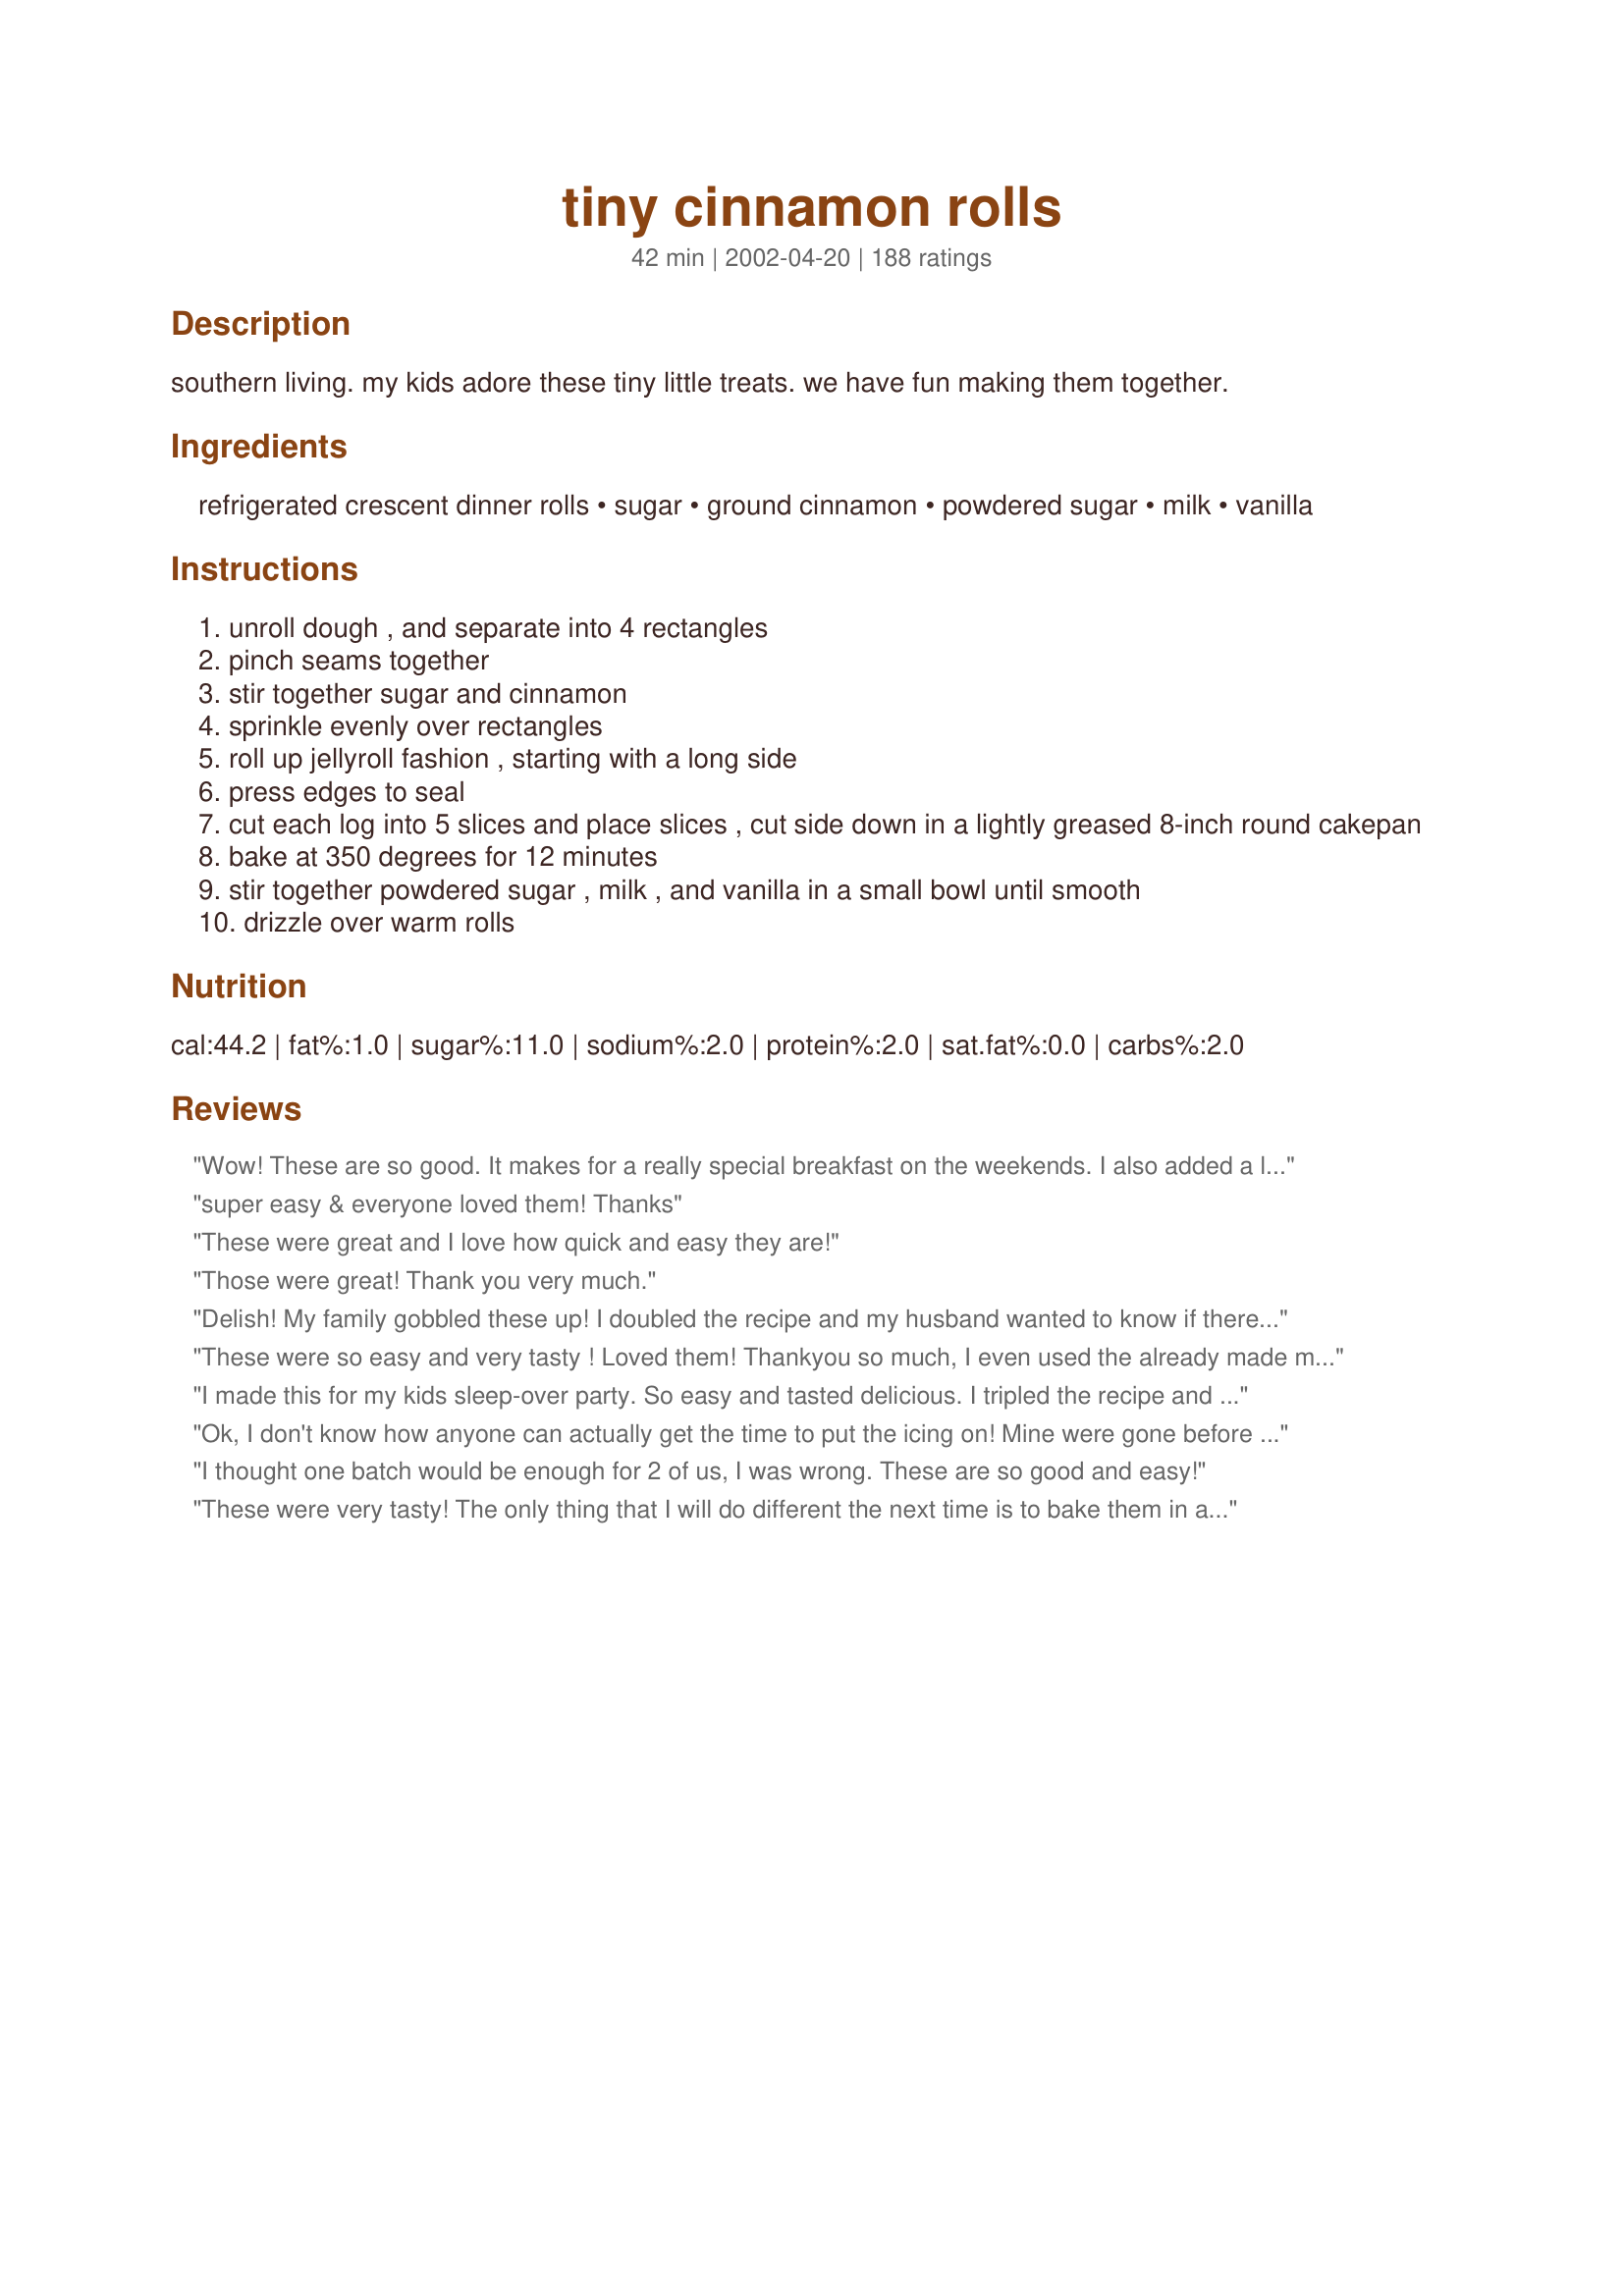
tiny cinnamon rolls
Preparation time: 42 minutes

southern living. my kids adore these tiny little treats. we have fun making them together.

Ingredients:
refrigerated crescent dinner rolls, sugar, ground cinnamon, powdered sugar, milk, vanilla

Steps:
unroll dough , and separate into 4 rectangles
pinch seams together
stir together sugar and cinnamon
sprinkle evenly over rectangles
roll up jellyroll fashion , starting with a long side
press edges to seal
cut each log into 5 slices and place slices , cut side down in a lightly greased 8-inch round cakepan
bake at 350 degrees for 12 minutes
stir together powdered sugar , milk , and vanilla in a small bowl until smooth
drizzle over warm rolls

Reviews:
Wow! These are so good. It makes for a really special breakfast on the weekends. I also added a little butter before the cinnamon/sugar mixture. Bake time was more like 16-18 min. I made more icing & added more than a drop of Mexican vanilla. OUT OF SIGHT!! Thanks NurseDi-I can't wait to try more of your recipes.
super easy & everyone loved them! Thanks
These were great and I love how quick and easy they are!
Those were great! Thank you very much.
Delish! My family gobbled these up! I doubled the recipe and my husband wanted to know if there were more. I did modify just a bit, spread some creamed butter, brown sugar and cinnamon before rolling them up. I like my rolls more caramel like in the center. I will for sure make these again. Thanks Nurse Di!
These were so easy and very tasty ! Loved them! Thankyou so much, I even used the already made mixture of sugar and cinnamon that made it even easier, if that is possible !
I made this for my kids sleep-over party. So easy and tasted delicious. I tripled the recipe and had a few left over. They still tasted great the next day. Kids and adults really got into these. Thanks for sharing this.
Ok, I don't know how anyone can actually get the time to put the icing on! Mine were gone before I was able to do that! Wonderful! THANKS!
I thought one batch would be enough for 2 of us, I was wrong. These are so good and easy!
These were very tasty! The only thing that I will do different the next time is to bake them in a muffin tin instead of a cake pan. I found that they stuck together and it ruined the presentation - so next time I will make them in a muffin tin. Great, easy, tasty recipe!! I may even add some Walnuts nest time!
We LOVED these! I've had them in my "to make" list for awhile and finally made them. I just made one big log, added a bit more cinnamon and sugar, and melted about 2 tbsp of butter and drizzled over them after they were cut and before cooking. Excellent! Reminiscent of Pillsbury cinnamon rolls.
no kidding are these tiny! but really cute and next time i really have to double the recipe because these go too fast and are easy to demolish. very easy and will most definately make again and again.
These were a quick fix, for a treat in the morning. Everyone should try.
YUM! These were soooo good. These little treats were easy to make and delicious. I added a little melted butter to the crescent rolls before adding the cinnamon sugar mix, but other than that I left the recipe as is. Thanks for a wonderful breakfast treat!
These were great! I made them for my son's sleepover. They were gone in no time. I used a little of a tub of cream cheese icing instead of making the icing. Quick & easy. Thanks.
Wow!! Let me say that again. Wow!! These were so easy and fun to make. I made two batches and I don't know where they went, but I only got to eat one. My kids and their friends scarfed these down in record time. This is a great little cinnamon roll without all the fuss. Thanks Nurse Di.
I've being preparing this recipe 3 or 4 times already, but forgot to post the review.All I can say is that my family loved them and I'll be making them again, again and again. Delicious !!!!
Very good! I made a double batch the first time and will have to make even more the next. Again very good!
I was really surprised at how good these tasted. I made them for my kids because I thought they would be small enough for them to handle without getting all messed up. I had no idea they would taste sooo delicious. Soft and tender little rolls with a scrumptious cinnamon flavor. I should have doubled the recipe and will next time.
Very good! I made these last night for dessert and my date and I both really enjoyed them. I think I need some practice rolling up the dough, but that's just a good excuse to make another "practice" batch. Thanks for sharing this super easy and yummy recipe!
These are addicting,very easy and the recipe can be played around with. I like to mix, butter,white and brown sugar in a bowl then spread it on the crescent rolls. I also dont measure the ingredients. For the frosting I make it a little thick also with a small amout of butter and half in half to make it richer in taste and spread it on the hot rolls as soon as they come out the thicker frosting melts perfectly to form a great look I also use clear vanilla to keep the frosting looking white.
These were sooooo good. My daughter helped me make them and loved them also. I added butter first and didn't measure any of my ingrediants. They came out so soft and yummy. They were great!! She asked for them for breakfast the next day and of course we made them.
Oh boy, what a blast we had making these. My nieces spent the weekend with us and they helped me make these for breakfast. Very easy and I sprinkled a few raisin on the dough. Awesome cinnamon sugar flavor. Just the right size for two very prissy girls. None left-over either. Thanks Nurse Di.
I made these a few times several years ago and forgot about them until I saw this recipe. I made them for Christmas breakfast and they were as wonderful as I remembered them. They are very easy to make especially on a busy morning. I made as posted except I got about 6-7 rolls out of each "tube" and I baked them in a 9x9 square pan. Thanks for posting a keeper!
I am so glad I found this recipe. Its great! So easy and so delicious. Great little sweet snack to have on a spur of the moment. Thanks for sharing your recipe. I will be making these alot!! :)
Fantastic and soooo simple! My kids love these rolls. Thanks for postin ghere.
these are so easy to make, and everyone liked them, thank for recipe.
Very easy and a great snack! I'm diabetic so I used Splenda to mix with the cinnamon but still used the powdered sugar for the frosting.
Well add me to the list of people who love these Tiny Cinnamon Rolls!! I used 2 tubes of crescent roll dough and doubled the remaining ingredients. It just doesn't get much easier than this, but the best thing is they taste like you worked all morning in the kitchen. :)
Adorable and very tasty. My daughter was thrilled.
Made two cans which was enough for three people! Will make again.
I just love this recipe! I have made it so often since it first appeared on this site. My United Methodist Women request it everytime I have them for a meeting, which is once a year. These are great with spiced tea or coffee. I really enjoy using recipes that use crescent rolls. There is just no end to what you can do with them. Thanks for this one.
These are the best cinnamon rolls ever. This was my husbands favorite cinnamon roll. Thanks so much for posting. The kids love these and they are soooooooo easy to put together.
I make these with splenda and they turned out wonderful....
These were great! I ended up using 4 tubes in a 9x13 and had to cook it for about 20+ minutes but I think they were a bit too squished together when done. Next time I'll use 3 tubes and give them a little breathing room.
Wonderful cinnamon rolls and super easy to make. I made a double batch and they were gobbled up in minutes. I used brown sugar, cinnamon, and nutmeg for the filling. Tasted superb! We will make these over and over again.
Mmmm! Quick, easy and delicious! Thanks!
I needed an emergency fast dessert for a group and I had a couple of tubes of crescent roll dough - this was too easy! Everybody loved them. Thanks for posting.
They were delicous and easy to make. Thank you some much!!
These were so fun to make and adorable little cinnamon rolls. I made them for my kids but my husband and I had a hard time trying to not eat them all. Based on the other reviews, I made two batches so there was plenty for all of us. The rolls were soft and with the cinnamon and icing, they just melted in our mouths. I agree that these are a must if you have kids. Thanks.
Well....aren't those just the darned cutest things ever??? Before I could barely blink, the plate was empty and DH was fingering up the frosting from the plate. Will definately have to double or triple this easy recipe next time. Thanks for another winner, NurseDi!
There is a serious problem with this recipe. They are tiny and disappear into thin air immediately. I made them tonight and my whole family wants them bigger and lots more of them. Guess I'll be doubling your recipe and not cutting them into so many pieces. They are wonderful, easy and quick to make. Thanks for a great recipe.
I decided to make these for some friends coming over about 10 minutes before they arrived. I had to print out the recipe for everyone! They were so great fresh out of the oven! The recipe is now in my favorites recipe box!
I just loved these little cute cinnamon rolls. I have made them many times now, they are so easy to make, I double the cinnamon & sugar that you sprinkle over the rectangles. When someone stops by I have something quickly to put together to have with a cup of coffee.
What a great recipe! Thanks so much! Cyn.
Thanks for such a quick and inexpensive breakfast treat! My kids loved them. I use a cheaper (in dairy case) buttermilk biscuit and just flatten them out like a rectangle. will be a regular weekend morning treat.
My kids love these cinnamon buns. Very easy to put together. Thanks for a great recipe
These were very quick and simple to prepare. I did think, however, that the cinnamon sugar mixture was skimpy and the glaze too thick. Maybe that is what I was missing - glaze in the nooks and crannies.
The kids really liked these! (DH and I are the kids....) I accidentally bought "Big and Buttery" crescent rolls, and didn't figure it out until I only rolled out three rectangles! But they worked out just fine. I used a little extra cinnamon and sugar, and I cut each roll into six pieces. They had to cook a little longer. And I increased the amount of frosting. Yum! Those darned kids ate nearly the whole batch!! Thanks a bunch, NurseDi!
I made these for a brunch that I catered and everybody really liked them! They were very easy to make, the only thing I did differently was to brush melted butter on the crescents before sprinkling on the cinnamon sugar mixture. I'll definitely be making these again. Thanks!
I had my grandkids overnight and we made these for a mid-morning snack the next day. They were gone fast. Of course, DH assisted in making them disappear. This is a fun recipe. Thanks!
My kids loved these! I made a double batch using two tubes of crescent rolls. I followed the advice of others and cut the rolled up rolls into three pieces each instead of five. I also added raisins. For the icing, I used a couple of drops of vanilla and a couple of drops of almond extract. They were quick, very easy, and everyone enjoyed them. These will become a weekend morning staple in our home. Thanks so much for posting the recipe!
10 stars if possible!!! So easy, so tasty and so quick. Mine took 15 minutes, start to finish and the house smelled wonderful. These are so addicting and you can eat them like popcorn!! TY DI!!!!
Great, these were easy and delicious. I did spread some butter over the crescent rolls and then sprinkled with the cinnamon and sugar and they came out fantastic. My son loved them, I just nuke the leftovers in the micro for about 10 seconds and they taste just like they came out of the oven. Thanks for the great and easy recipe.
Easy and delicious. Thanks for sharing.
These were super easy!! My son helped with these! I did double the frosting -- I also needed to add an addition tsp. of Milk to make it drizzleable . . . . Nice, quick, easy recipe!!
This recipe is definitely a KEEPER! It couldn&#039;t have been simpler to make these. As suggested by other reviewers, I brushed a bit of melted butter on the dough before sprinkling on the sugar mixture (which I doubled). I also baked these in mini muffin tins coated with cooking spray. They are SO CUTE and will be perfect for potlucks because of how quick and easy they are to make. My whole family loved them. They were not overly sweet, which was also great. Next time I think I will drizzle a cream cheese frosting over the top! :) YUM!
I had some crescent rolls, so when I was this I just had to try them. Great rolls for our breakfast snack when company visited us from out of state. We will have these again!
Yum, yum, yum! These are irresistible! Made exactly as written except that one tube of crescents did not fill up my cake pan - darn it! I had to open another tube to fill the pan - doubled the icing and the 40 rolls fed 3 of us! :) Thanks, Di!
So much fun, fun, fun!! They just don't make enough. My husband could eat one batch all by himself. Delicious and they do melt in your mouth. All the cinnamon sweet goodnes you would expect, just not all the work. Cool recipe and glad I discovered this site.
These were yummy. My 11-year-old son and I just ate the whole batch together. I'm going to make more tomorrow. Thanks for sharing!
This is such an easy and great tasting recipe!!! When we are in a hurry and just need to throw something in our tummies, this is our choice!
I was surprised at how good these were-given their simplicity! They sure are small, and mine didn't come out as pretty as some of the photos, but they are yummy! I added a bit more than a tsp of milk for the icing, Also, these took more like 10 minutes prep than 30! Note: at least for me, these were much more puffy than crusty buns
This is a wonderful, quick recipe! The results were great and they DID evaporate! Figure that one tube of crescent rolls will adequately feed a growing 12-year-old! It's going to be my "Oh, Mom there's nothing for breakfast" stand-by now. Thanks!
These are so good and so easy! Both of my kids loved them and I could eat the whole batch by myself! Thanks!
These are really easy to make! Maybe I shouldn't have fed them to adults that would know that I just threw cinnamon and sugar and a crescent roll. ;)
We love cinnamon rolls and these were soooo yummy! I have made them 3 times now and my daughter (14 yrs. old) made them the last time. They are so easy and quick and I may never buy the Pillsbury again. I have to make at least 2 pans though as I have 3 teenagers. Great recipe...Thanks!
I made these for a school party my son went too, he said they were gobbled up immediately. He said he was lucky to get one! Since I didn't get any I am basing my review on what he said, and also how easy they were to put together. I added some sugar and cinnamon on top of them before I baked them, and I also made them a little larger. They smelled so good baking. I can't wait to make some more just for us. Thank you for posting. You made a lot of teenagers happy with this recipe!
I was running late this morning and had these on the table for breakfast in less than 20 minutes! My kids thought they were wonderful. The recipe could easily be doubled and put in a 9-inch cake pan. Thanks for a great quick recipe!
My kids and husband got in on the fun of making these tiny cinnamon rolls. They turned out great and tasted delicious. The crescent roll dough was light and flaky. I would never even attempt to make the real thing so this recipe is a blessing for those of us who are baking "challenged". Thanks Nurse Di.
These were GREAT - the kids and the adults both loved them. Very moist and yummy. I did spread butter before the sugar and cinnamon and added more sugar and cinnamon than the receipe calls for. Thank you for a recipe I will use over and over!
These little things are addictive! I've made them several times now, and found them even better when I spread the rectangles with a light smear of soft butter before adding the sugar and cinnamon. It sort of helped carmelize the sugar. I also doubled the icing because we love loads of it on top and down in the pan. So good!! Thanks for a time-saver in the mornings :)
I made a double batch of these Christmas morning and my family loved them! Quick and easy when you don't have time to make from scratch; this semi-homemade version is definitely better than the canned or frozen variety! This will be our new Christmas morning treat!
Nice and easy recipe! I followed your directions, except that I cut each roll into 6 instead of 5. The family loved them. I will be making these again!
My kids 'love' these. The great part is that they get to help make them. We make these often! Thanx for posting this one!I also listed this recipe on a school newsletter as well as 'zaar site, so the parents could check out other recipes.
These rolls were much more uniformed when placed in small muffin tins. A quick way of preparing cinnamon rolls! In the future, I will add some nuts and raisins.
I made these for my sons cub scout family picnic. This was the first time I made them and tripled the amount I made. Never even got to taste them but they gobbled them up so fast when I got to finally eat ther was nothing left. Love easy recipes especially with a hetic schedule with two kids.
These were so easy and delicious. The kids gobbled them up!
AWESOME!!! My 4-yr. old absolutely loved these. He wants me to make them again and again. Thank you!
These were wonderful. So easy to make. I had them in the oven in no time. I had just finished putting the icing on when my daughter and her friend walked in. They lasted about 5 minutes. Did'nt even get a chance to cool off!! Thanks for a quick and easy recipe, NurseDi (and also a very inexpensive one)
I have to add my praise for this recipe. These are so easy to make and remind me of those little Cinni-Minis from Burger King only they are way better. Soft, tender and flaky dough dripping in that sugary sweet glaze. Total heaven. My family loved them. Thanks Nurse Di.
What a tasty and easy recipe. My DS (5 yrs old) thoroughly enjoyed being able to make dessert for our Sunday dinner. Even with blue icing (DS choice), it was very good.
These were so tasty and easy to make. I made them twice while were vacationing. What wasn't eaten at breakfast was nibbled on throughout the day. MizzNezz is right "These can vanish right before your eyes!".

Thanks!
Worth 1000000000 stars for the ease and YUM factor.. In today's society we demand things fast, but complain when they taste like it.. These are much faster than the traditional cinnamon rolls, but don't taste "fast".. If that makes any sense at all.. lol :)
Wow! These are fabulous! I thought while making them, that there wasn't enough cinnamon sugar or frosting mixtures to go around, but it tasted perfectly sweet and cinnamony the way it is written. So delicious!
Delicious, so yummy! The family and I ate them all up really quickly! So good!
These were super super easy. Last time I made cinnamon rolls, the out come was okay and the dough was a big pain so I thought I'd never make them again, but using premade rolls made it so much easier. I used Pillsburry dinner rolls which are already shaped like cinnamon rolls and used 1 1/2 T of brown sugar (instead of white sugar) and 1/2 T of cinnamon for the filling because I didn't think there would be enough if I just used the tsp amount, and it was just enough. But the icing was perfect mostly because I'm not a huge fan of a lot of icing so it was the perfect amount. And it only took about 20 minutes to make including baking time!
These are so easy and quick to make! My kids ate them right up!!! I have made these twice. Once as posted then the second time, I subbed soy milk for the milk because my DS is milk allergic and he was crazy for these!! Thanks for posting this!
these taste so good and are very easy to make! kids love them!!
So easy and so good!! I used a little bit of orange juice with the powdered sugar instead of milk, to give it a taste of orange cinnamon rolls...Thanks for sharing a great recipe...!!
LOVE THEM!!! This is now one of the most requested recipe in my house. My DH has a huuuge sweet tooth and he loves cinnamon buns. I can't bake, but I can make these tiny rolls. I always make a double batch, because they quickly disappear. FANTASTIC! Thank you!
I made this for my husband's work a long with a lot of other treats and this was the first to go. I even tripled the recipe! Thank you very much.
A new Saturday morning ritual has been aquired. My husband and I have been making these every Sat. morning for weeks now. We are so addicted. Easy to prepare and they taste soooo good. I cut them in a little bit bigger pieces and that works great. A great cinnamon roll for those on the move. Thanks.
I was disappointed in these .......expected them to be much better but if you are used to real homemade cinnamon rolls, they simply are NOT that. I also spread the melted butter on the dough before sprinkling the cinnamon/sugar mix. They were just as easy as everyone says but IMHO lacked in taste. SuZ
Easy and fun to make....even better to eat!!
These are so simple to make yet so delicious. The intial amount of frosting appeared too little, so we added 2 tablespoons powdered sugar, 1 teaspoon milk, and another drop or two of vanilla. Thanks for a great recipe!!
I started with 3 tubes of crescent rolls. Cut each of the rolled up cinnamon rolls in 3 pieces. I then put them in a 13x9 baking pan. They were probably bigger than the original ones. But! That didn't make them last any longer!! These can vanish right before your eyes! They were absolutely yummy!! Such an easy way to get such a great treat! Thanks Nurse Di, these will be a regular here.
So easy, and so tasty. Need I say more? A must try for all moms. Thanks for sharing.
I really can't add anything that hasn't already been said in all of the previous reviews. Thank you for sharing this recipe NurseDi!
How fun easy and cute are these :) My DH, DD and myself loved these. My DH called them M & M's and wanted to know where DD and myself share was (lol). Will be making these often. I did have to use more than 1 teaspoon of milk. The 1 teaspoon just wet the powdered sugar a little.
Loved it! I sprinkled brown sugar instead of white...just because that is how I usually make cinnamon rolls. I baked the rolls in my toaster oven. Worked great, for an after school snack. I will also use this camping in our RV. THANKS! It's a keeper!
SO EASY and SO YUMMY!!! Tiny and perfect little cinnamons rolls! I can't believe I didn't think of these myself! Thanks for a great treat that I'll definitely make over and over again!
This recipe is awesome! Great for a snowy day especially. And they are a huge hit every time we have company for the weekend!
So much fun and easy to make. Didn't have a can of rolls for breakfast, so I decided to look up a recipe using crescent rolls. I took previous advice and used more cinnamon and sugar. Even used the reduced fat rolls- I ALWAYS use those since we can't tell the difference in taste. :)
Made a 1/2 batch of these for breakfast. Made the 4 squares into 2 rectangles and rolled them up. I agree with some of the other posters that they are not quite sweet enough- but perhaps they would have been sweeter if I had used the glaze (I am out of powdered sugar) Next time I may add some brown sugar with the cinnamon sugar mixture as well. Thanks for sharing such a simple recipe!
Excellent little morning treats. I originally prepared them for a morning breakfast party featuring finger foods. They were so quick and easy that I immediately added them to my list of simple, but tasty breakfast treats and prepared them for my visiting nephew. Everyone provides rave reviews. I did have to bake for about 20 minutes instead of 12, but that could be my oven variation.
Made these to go in my Christmas tins this year and ended up eating a lot of them! Very good recipe and just the perfect size for snacking. I used more sugar and cinnamon than called for but besides that, made as directed. Thanks for a neat recipe!
These were DELICIOUS! Yummy bite-size cinnamon rolls. Very easy to make. Kids love them. Thanks for a new family favorite. :)
Easy, quick, and a must for girl sleepover nights!!! Next time I will make them bigger, so it will seem like I've eaten less.
They werequick and easy but not big on flavor.Thanks for the recipe!
For a quick cinnamon roll, these are nice.
Love these--so easy,& delicious-! Can add extras--raisans, nuts, makes a 'nice' snack with coffee---or a cup of 'tea' in the 'evening'! :) a 'nice' quick snack!!
Thanks!!!! :)
Great cinnamon rolls, and so easy! My husband and son want them again tomorrow! Used ready-made cream cheese frosting, so was super easy.
These are so good and easy and cute too! We all loved them, but they're very addictive!! I'm making them again today for an after school snack for my kids. Thanks!
Oh so quick and oh so fabulous! These are so yummy for all their simplicity. I did put a layer of butter on the crescent rolls before the cinnamon/sugar. These were gone before they ever even cooled off!!
Quick and easy to make. Tasted really good.
My kids and 2 nephews helped me make these yummy and delicious cinnamon rolls. Very, very easy to handle the dough. Sugary sweet icing on top. I sprinkled some toasted chopped pecans on top. A must if you have kids. WOW!
These were a wonderful addition to our Christmas breakfast. And they will not be limited to that holiday!!
These were quick, easy and really great!! Just the right size for kids. My kids finished them and left none for their dad. I added a little bit of melted butter to the dough before spreading the sugar mixture on. This recipe is a keeper. Thanks.
I made these while we were on vacation visiting my mom. They were great! The kids loved them and have since requested :0
Thanks for posting!
These are wonderful. My kids helped me make these and we had the best time. They tasted great and were easy to prepare. We will make these again and again. Thanks!!
Great tasting and so very easy to whip up in a flash.The whole family loves em.
it was a good tasty recipe
This is so simple, so quick and so delicious! Who could ask for more! Thanks NurseDi for sharing this recipe!
These are delicious!! I like these better than the other refrigerated cinnamon rolls! My toddler is on his third one already. I think the next time I may use orange juice in the glaze instead of milk. Thanks for this great, quick recipe!
OMG, these are sooo good....I almost ate the whole pan by myself...so quick and easy....Thank you for posting!
This is very easy to make an my whole family just loves them. My kids are constantly asking me to make them for breakfast. Great recipe!!
Quick, easy and tasty tiny cinnamon rolls, I brushed the dough with melted butter,sprinkled a mixture of brown sugar and cinnamon, they were really good!
these were perfect! I followed the recipe as it was posted (except I got a little more than a drop of vanilla in the frosting, but it was fine) and it was amazing! They are definitely bitesize but that's good for us as I have a 1 year old. It was perfect for him. Thank you so much for this recipe!
YOU CAN'T EAT JUST ONE!!! I used 3 pkgs of reduced fat crescent rolls. I also brushed melted butter on the rolls before sprinkling with the cinnamon/sugar mixture. For more cinnamon flavor, I increased the sugar to 4 TBSPS. and the cinnamon to 2 TBSPS. A 9 x 13" pan will accommodate the 36 tiny rolls. Quick and easy, too!!
Very tasty, but I think I must have cut them wrong. The instructions "roll starting with the long side" it left me with five very tall skinny buns that all fell over in the pan.
Next time I'll try rolling the other way so the cut rolls end up short and stout.
these tiny sweets are awesome and super easy and quick to make for snacks. They sure can disappear quickly. Thanks for such a simple yet wonderful tasting snack.
I found this in Southern Living, too. I have been making them as a special breakfast treat for my kids and they get so excited. You can't eat just one. They literally melt in your mouth. Soft and cinna-mini sweet. Glad to see it posted here.
WOW! These were sooooo great! Very easy and tasted terrific! The whole family loved them and they looked and tasted like they were more work than they really were! I was unsure how to space them in the cake pan and at first had them all touching eachother. Then, when they did not fill the pan, I just evenly spaced them...glad I did, because they needed room to "grow". I also spread a bit of melted butter before sprinkling with cinnamon and sugar. Thanks for sharing...this is such a great idea!
A great late night treat for DH and me! They were simple and tasty. I like mine extra sweet so I put a little extra sugar inside and topped with extra glaze. Yum!
Anyone who turns these down is definately a NAZI. I doubled the filling. So good.
I've been making these for years and they are terrific! For Christmas morning I arrange the little rolls in a tree shape (pyramid with a base of 4 rolls and 1 underneath for the trunk). After baking I zig-zag green icing over them, then decorate the tree with m&m's. It's a fun way to start off a fun day!
Kids love these things, but adults do too! There are NEVER any leftovers of these little beauties!
After more than 100 people have ranted about how great these are, I kind of hate to be the first person to really say that they weren't impressed, but I just wasn't. The rolls themselves were easy enough to make and tasted good enough on their own that they'd make a nice quick little snack if you're not expecting anything spectacular. I did like the fact that they weren't as sweet as a lot of cinnamon rolls, maybe with some finely chopped walnuts and/or raisins sprinkled on top of the cinnamon/sugar layer before you roll them up, they could be really good. The frosting on the other hand didn't work very well and was actually (and again sorry) just kind of disgusting. 1 tsp of milk was just enough to make some of the powdered sugar clump together a bit. I had to add about a tablespoon before it turned into anything that vaguely resembled frosting and it was still pretty thick for cinnamon rolls at that. It tasted exactly like barely liquified powdered sugar, so I was glad I tasted it before I actually ruined the rolls by putting it on. The stuff we make for the cinnamon rolls at work is powdered sugar and melted butter (not sure what the proportions would be on a scale this small) with a little bit of vanilla and cinnamon and just enough coffee to make it the right consistency. It's rich and delicious and oozes just perfectly into all the nooks and crannies and I think maybe it just ruined this frosting for me by comparison. All in all this recipe was okay and it has some potential, but I just can't see what everyone's so excited about.
They were delicious! I doubled the recipe and they still came out perfect!
This gets 5 stars just for the simplicity and taste!!! So easy to make, as 15 yo DS just loves cinnamon rolls. I did spread a little of butter on the rolls first, and then I used brown sugar instead of white sugar. I also doubled the amount of sugar and cinnamon. My DS loves the Cinnabon rolls/frosting so I found a copycat for the frosting, but didn't to go through the work of kneading/rising of the dough. He ate almost the full 8 oz. Thanks for posting such a quick and wonderful recipe!!!!
I had a little trouble with the baking, mine flopped all over the place instead of sitting properly on the cut side. Also there was a weird sweet taste (but DD 3yo globbed karo syrup into them just before I rolled them up). I will have to try again! We gobbled them up anyway though!
these were good! I didn't think they were anything special. I ended up baking them longer, 15-20 min. But overall, they were quick and easy and good!
These were delicious and so cute.I spread a thin layer or butter on the dough before sprinkling with cinnamon sugar. Mouthwatering and one hungry adult could eat every last one of them so make lots. My kids loved them and ask me to make them for breakfast almost every morning. Thanks for this recipe.
Wonderful! Thanks for sharing this recipe. Very quick and easy and my kids inhaled these. I put these together while coffee was brewing and baked them off. Delicious!
Well Di I don't think you need my review but I upped it a bit so thought I'd review. Dh wanted them brushed with butter and some raisins sprinkled on so I did that. When I made the icing I used soymilk instead of milk that's all I add. One word..... NUMMY!!!!
These are soooo good and so simple. I did brush melted butter on my dough before I sprinkled it with the cin-sugar combo. I already had the cinnimon-sugar made up in a sprinkler container(holder-over from the days my kids wanted cinnimon toast for breakfast...LOL) Anyways took me a lot less time than I expected. I had these made and out of the oven in 25 minutes. I will be making these again.
I made 7 batches of these and brought them to work as a treat for my birthday this week. Even though I made enough for each person to have more than 5 each, they were gone within 3 hours! I cut each log into 6 rolls instead of 5, put a bit of cream cheese in the icing, and like others I brushed on some melted butter before sprinkling on the cinnamon sugar. I also baked these on a cookie sheet, with each roll in a mini cupcake paper - they fit in them perfectly and were a little cleaner to handle at work. Thanks for such a fun recipe!
YUUUUMMMMYYYY!!!!!!!
Even though I made this a few weeks ago, I can still almost smell these little jewels...mmmmm. They were so simple and quick to put together I will be making them often. I added some finely chopped pecans in mine and we loved it. Thank you for a yummy and quick treat....Stephanie
These were very nice and also easy to make. For our taste there could have been more cinnamon..will do that next time because I will certainly make them again!

Thanks for a sweet and easy recipe. Will make these again.
These were awesome! My kids loved them. My family said I had to 2 batches next time!! Thanks!
I found this recipe last night. I was having a massive craving for Cinnamon Rolls, and didn't want to wait while the dough raised. I went to the store and got Crescent sheets (same dough as the rolls, except they now make it in a single flat sheet.) I brushed the dough with butter then added the cinnamon/sugar/brown sugar mix that I normally add to cinnamon rolls... I ended up having to cook them about 20 minutes... I then coated them with a store bought cream cheese filling. They were FABULOUS!
Everybody loved these! They were very easy to make and got gobbled up just as fast! I doubled the recipe, and my tiny little rolls - I didn't count them - perfectly filled my 8-inch round cake pan. As other reviewers suggested, I brushed some melted butter on before sprinkling the sugar and cinnamon, and next time I'll bake a little longer becuse these were still kind of doughy after 12 minutes. They tasted very good though!
I made these the other morning to take to work. They were a hit! 
They were really easy to make.
The only thing I will change when I make them again would be to spread some butter over the dough before I sprinkle the cinnamon and sugar.

These were really yummy! I cut them into smaller pieces than mentioned above and they were too small. Next time I'll make them the size recommended. I made them the night before and stored in the fridge overnight to bake first thing. They needed a few extra minutes in the oven, but that was a great way to do it. I never thought of using crescent dough in this way. This is a keeper! The kids thought they were just the right size for them.
These were easy and tasty! My 4yo had fun helping make them. I added raisins to half of them and will do nuts next time. I took some of the suggestions and doubled the cin/sugar mixture. I also added more milk to get the frosting to the correct consistency. Mine took about 18 minutes to bake. Thanks for the recipe!
These were easy and delicious. Not as sweet as the store bought ones (which is a good thing.) I did not give it 5-star because the 8 inch round pan was way too big for the rolls. I have to bake mine for about 15 minutes and used 2 teaspoons of milk for the glaze.
These were so easy, and sooo yummy! I baked them for 10 mind in my oven, and it was perfect. Added a TBsp or so of cream cheese to the icing mix..and YUMMAH! Both kids and hubby scarfed them down, mumbling how wonderful they were the whole time. Thanks for sharing this recipe, we will make this again and again! So easy, my teenager will be making this one often, I can tell!
Thanks for sharing! Great and very easy recipe! My husband and son loved them that they were gone in no time. They remind us of our favorite part of the cinn. roll-the middle!!
Wow! These were wonderful! My whole family enjoyed these and they were perfect for little hands!The only problem was they were gone in 5 minutes. Next time I will make more!Thanks for a great recipe!
YUM!! I used reduced fat crescent rolls....YUM! So fast!
These are FAB-U-LOUS. My 2 1/2 year old helped me make them and they are very easy to make. The only thing that I changed was I made a batch of homemade vanilla frosting and frosted the rolls with this. These were gone in no time flat.
I'm giving the recipe 4 stars because I like the concept and the flavor but I did have a couple of problems. First of all, with most cinnamon roll recipes you "crowd" the rolls in the pan to help them raise. The recipe as written only filled about half of my pan that way. Second of all the times seem to be way off. I will however play with this some more because I like the concept so much.
Good taste, although not as sensational as I would have thought based on the ratings. Be sure not to sprinkle the cinnamon-sugar mix too close to the edge, because they stay rolled better if there is a bit of plain dough. Also, I thought I had pinched my seams together well, but I hadn't, and that made things more difficult! I made double the cinnamon-sugar mix, but didn't use quite all of it. I did as some others suggested and just used store-bought cream cheese frosting. I'm not sure these were any better than store-bought rolls, but I really liked how they were bite-sized. Made me feel like I was getting more! That's also nice when you are making a lot for breakfast and just want a sampling of everything you make.
This recipe is terrific. So quick and easy to make and tastes great. I had unexpected company coming and had two pans of these whipped up and cooked in 15 minutes. Can't beat that. Thanks for the recipe.
These cinnamon rolls are so good! I mixed light brown sugar with the cinnamon. For the icing, instead of using vanilla, I used a drop of almond extract. This type of recipe is the best, because the dough is premade! Thanks for sharing.
Just swallowing my last bite. Fantastic! My husband and I both really enjoyed these--Thanks!
What a yummy simple little treat!
Wow this was a great recipe! Made this for me and my son this morning and they were a hit! I did make alittle more icing but otherwise this recipe is perfect! Fast, simple and tasty, what could be better!!
My 14 year old made these all by himself and loved them. What a great recipe.Thanks
We loved these and they were so easy to make! Since they are small, you can splurge without being too bad!
I have to add to the masses of others who LOVE these little cinnamon rolls. They are really easy to make and so good! The only problem I had was my own, and that is that my big ol' hands had trouble cutting each log into 5 pieces, so I cut them into 4 pieces!
My son was wanting cinnamon rolls this morning, so I made this quick version. He just loved them. I spread softened butter over the dough and didn't measure the sugar or cinnamon, but I used a lot. Nice, easy breakfast for a lazy Saturday morning. Thanks for sharing the recipe!
I found this recipe in Southern Living, too, and it's VERY good. So easy to make, too. The cinnamon rolls are bite size, very light, and are still as good the next day.
These are a real treat. So easy to make an soooo good. Thanks,NurseDi for another great recipe.
Delish! So easy to make that my 3 year old loves to help. They cook fast and are a nice treat.
Nice and easy treat. The only thing I would change would be to make more of the filling. I thought they needed just a bit more cinnamon flavor.
I've made these twice. The first time, I used the topping in the recipe and didn't care very much for it. The second time, I used store bought frosting and was much happier with the results. I also used cinnamon sugar already made, instead of making it. I had some on hand, so I figured it'd save time. Overall, I really like this recipe. It's quick and easy! Thanks for sharing, Di.
5 stas for sure. I could eat the whole lot myself. I made these for a dessert after dinner and they literally were gone in 5 minutes. So I had to make another batch and they were gone just as quick. I doubled the cinnamon and sugar mixture and these were so good I'm drooling just thinking about them. Thanks for the recipe.
amazing - we double and do half brown sugar and then put a little butter on bottom of pan and brush butter on top. Also put cream cheese in doubled icing (1/2 stick)- wow...
My DD had a friend sleep over and they made these! What a hit! We actually were out of powedered sugar for the second batch and, well, they were still WONDERFUL!! We cut each rectangle (after rolled) into 4 pieces so we ended up with 16 small rolls. No more Pilsbury here!
These were too good. Hubby and I gobbled down the whole recipe in no time. Thanks for the tasty and quick idea!
These are the best. Kids love them and they are easy to make. Thanks for posting this recipe. For weight watchers, 1 roll is 2 points but who could only eat one???
I tried these last weekend and they didn't last too long :) I was at the mall last week and noticed that cinnabon does sell the cinnamon mixture now so will be trying that with these rolls next. Thanks for a great recipe NurseDi.
:)
These cinnamon rolls are fun and easy to make. Although I must admit that homemade dough is still my very favorite, these were a great way to enjoy cinnamon rolls when you don't have a lot of preparation time. I made my icing out of cream cheese and powdered sugar so that it was a little thicker. They tasted great!! Thanks for submitting!
These were very good, but next time I'll have to make some adjustments. Twelve minutes wasn't enough time in my oven, and I'll have to thin the frosting out next time so that it will drizzle better. I think the frosting would be great thinned with orange juice. Everyone loved these.
Doesn't get any easier than this. Made for after school treat and the boys are putting them down pretty quick. Five stars for ease, yummy and cute. Will make often. Thanks!
